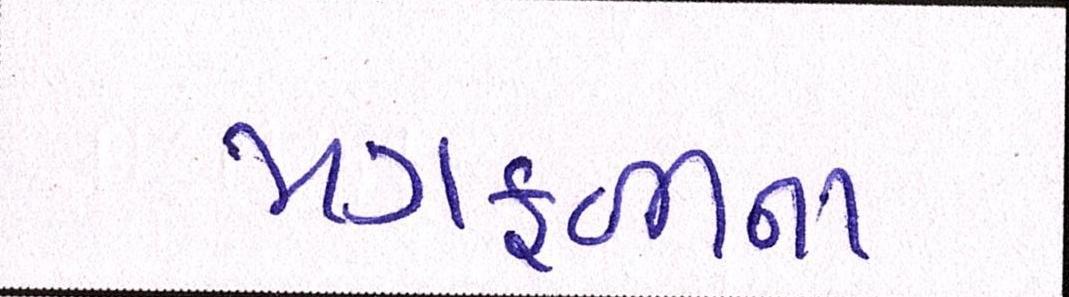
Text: મગફળીના